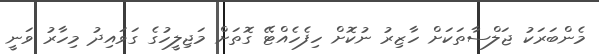
މެންބަރަކު ޖަލްސާތަކަށް ހާޒިރު ނުކޮށް ހިފެހެއްޓޭ ގޮތަށް މަޖިލީހުގެ ގަވައިދު މިހާރު ވަނީ